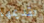
تقديمها